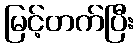
မြင့်တက်ပြီး